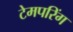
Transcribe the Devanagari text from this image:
टेमपरिंग